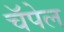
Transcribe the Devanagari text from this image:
चॅपेल